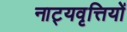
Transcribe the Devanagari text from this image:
नाट्यवृत्तियों